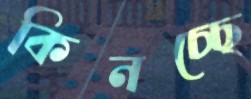
কিনচ্ছে